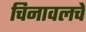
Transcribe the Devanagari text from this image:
चिनावलचे